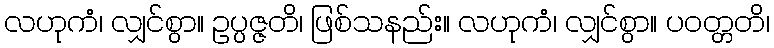
လဟုကံ၊ လျှင်စွာ။ ဥပ္ပဇ္ဇတိ၊ ဖြစ်သနည်း။ လဟုကံ၊ လျှင်စွာ။ ပဝတ္တတိ၊